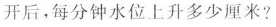
开后，每分钟水位上升多少厘米？